Report on horse surra - Volume II, Part I
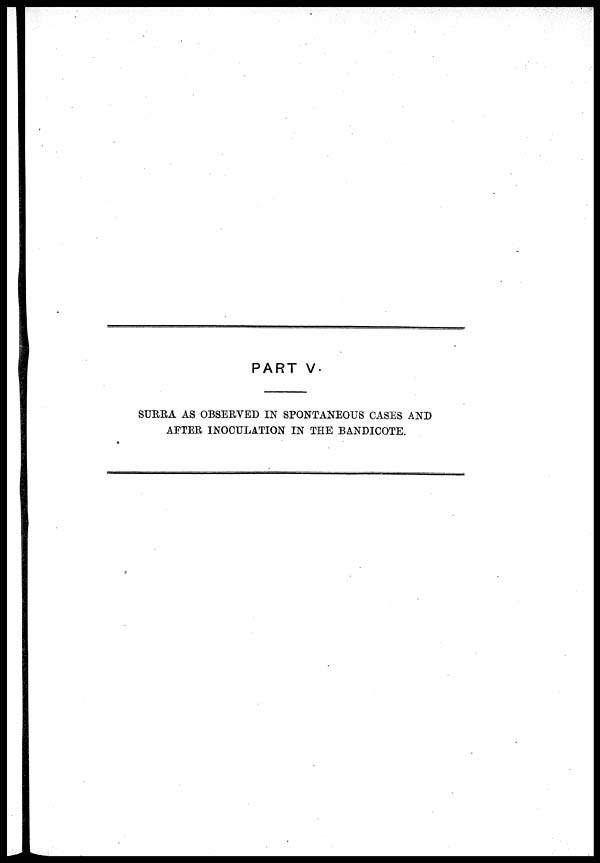
PART V.
SURRA AS OBSERVED IN SPONTANEOUS CASES AND
AFTER INOCULATION IN THE BANDICOTE.